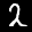
Label: 2